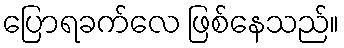
ပြောရခက်လေ ဖြစ်နေသည်။